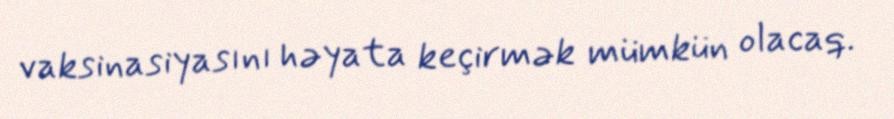
vaksinasiyasını həyata keçirmək mümkün olacaq.